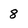
Character: 8